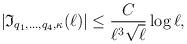
LaTeX: \begin{align*}|\mathfrak{I}_{q_1,\ldots, q_4, \kappa}(\ell)|\leq \frac{C}{\ell^3 \sqrt{\ell}}\log \ell,\end{align*}